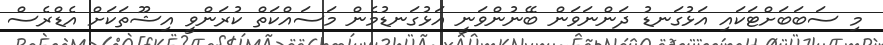
މި ސަބަބަށްޓަކައި އަޅުގަނޑު ދަންނަވަން ބޭނުންވަނީ އަޅުގަނޑުމެން މަސައްކަތް ކުރަންވީ އިޝޫތަކަށް އެޑްރެސް